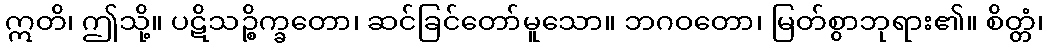
ဣတိ၊ ဤသို့။ ပဋိသဉ္စိက္ခတော၊ ဆင်ခြင်တော်မူသော။ ဘဂဝတော၊ မြတ်စွာဘုရား၏။ စိတ္တံ၊